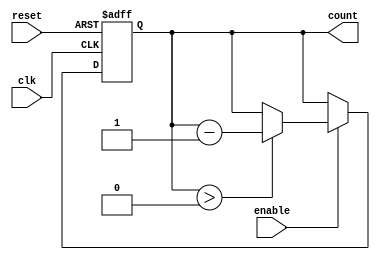
module down_counter #(
    parameter N = 4,            // Number of bits for the counter
    parameter MAX_VALUE = 15    // Maximum value to count down from
)(
    input wire clk,             // Clock input
    input wire reset,           // Asynchronous reset
    input wire enable,          // Enable signal
    output reg [N-1:0] count    // Current count value output
);

    // Initialize the counter to the maximum value
    initial begin
        count = MAX_VALUE;
    end

    // Synchronous process for counting
    always @(posedge clk or posedge reset) begin
        if (reset) begin
            // On reset, set the counter to the maximum value
            count <= MAX_VALUE;
        end else if (enable) begin
            // Decrement the counter if enable is high
            if (count > 0) begin
                count <= count - 1;
            end
        end
    end

endmodule